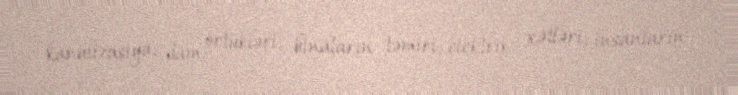
kanalizasiya, dam örtükləri, binaların təmiri, elektrik xətləri, insanların